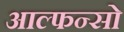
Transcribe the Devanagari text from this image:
आल्फन्सो